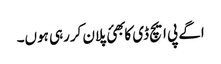
اگے پی ایچ ڈی کا بھئ پلان کررہی ہوں۔